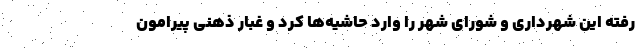
رفته این شهرداری و شورای شهر را وارد حاشیه‌ها کرد و غبار ذهنی پیرامون